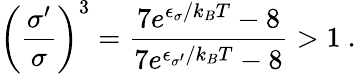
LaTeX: \left(\frac{\sigma^{\prime}}{\sigma}\right)^{3}=\frac{7e^{\epsilon_{\sigma}/k_{B}T}-8}{7e^{\epsilon_{\sigma^{\prime}}/k_{B}T}-8}>1~.